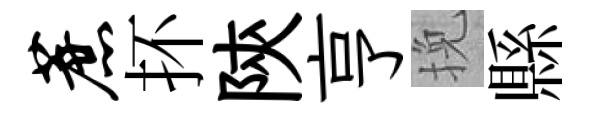
蔗抔陝亨挽縣